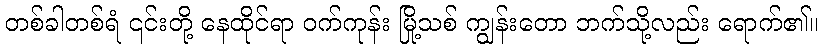
တစ်ခါတစ်ရံ ၎င်းတို့ နေထိုင်ရာ ဝက်ကုန်း မြို့သစ် ကျွန်းတော ဘက်သို့လည်း ရောက်၏။